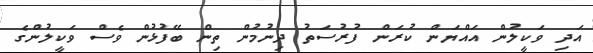
އަދި ވަކީލުން އައްޔަން ކުރަން ފުރުސަތު ދިނުމުން ތިން ބޭފުޅުން ވެސް ވަކީލުންގެ